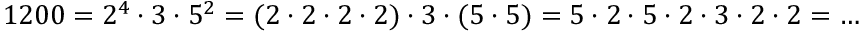
1 2 0 0 = 2 ^ { 4 } \cdot 3 \cdot 5 ^ { 2 } = ( 2 \cdot 2 \cdot 2 \cdot 2 ) \cdot 3 \cdot ( 5 \cdot 5 ) = 5 \cdot 2 \cdot 5 \cdot 2 \cdot 3 \cdot 2 \cdot 2 = \ldots